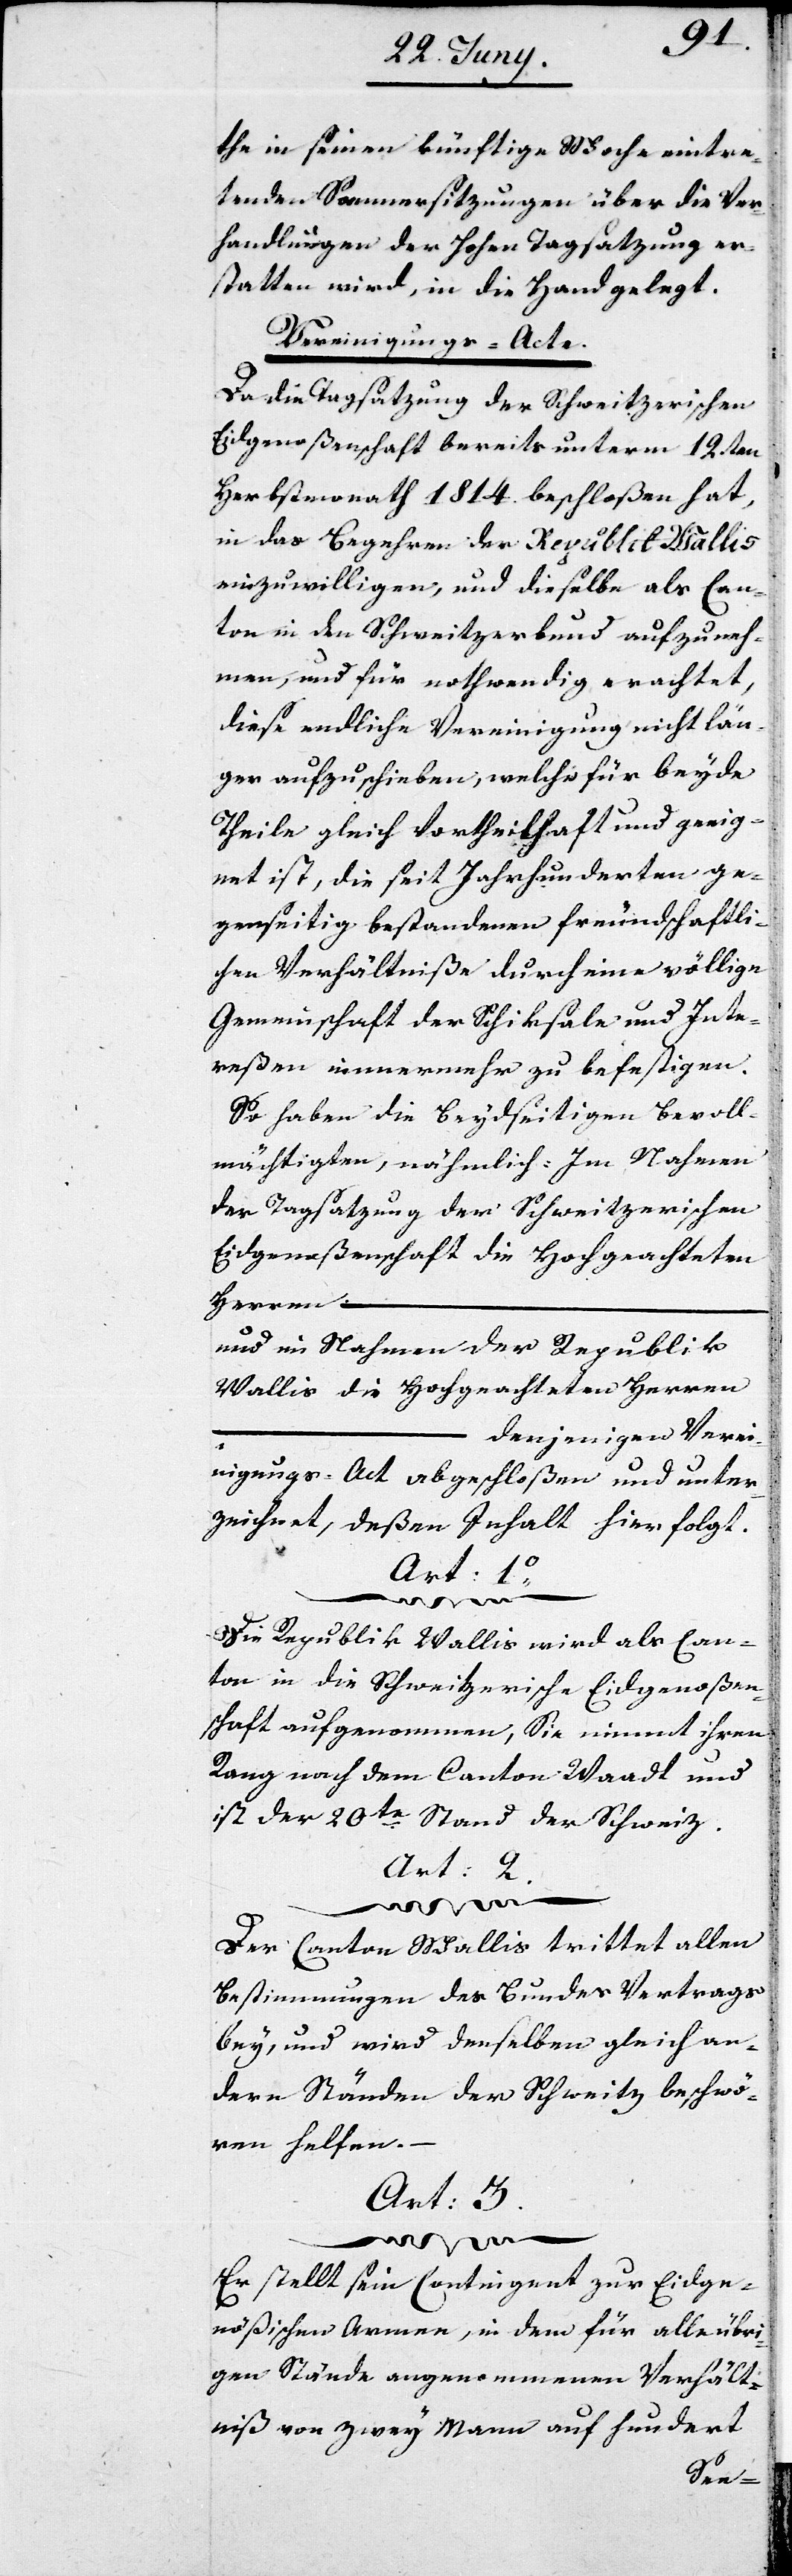
the in seinen künftige Woche eintre¬
tenden Sommersitzungen über die Ver¬
handlungen der Hohen Tagsatzung er¬
statten wird, in die Hand gelegt.
Vereinigungs-Acte.
Da die Tagsatzung der Schweitzerischen
Eidgenoßenschaft bereits unterm 12ten
Herbstmonath 1814. beschloßen hat,
in das Begehren der Republik Wallis
einzuwilligen, und dieselbe als Can¬
ton in den Schweitzerbund aufzuneh¬
men, und für nothwendig erachtet,
diese endliche Vereinigung nicht län¬
ger aufzuschieben, welche für beyde
Theile gleich Vortheilhaft und geeig¬
net ist, die seit Jahrhunderten ge¬
genseitig bestandenen freundschaftli¬
chen Verhältniße, durch eine völlige
Gemeinschaft der Schiksale und Inte¬
reßen immer mehr zu befestigen.
So haben die beydseitigen Bevoll¬
mächtigten, nähmlich: Im Namen
der Tagsatzung der Schweitzerischen
Eidgenoßenschaft die Hochgeachteten
Herren ...
und im Nahmen der Republik
Wallis die Hochgeachteten Herren
denjenigen Verei¬
nigungs-Act abgeschloßen und unter¬
zeichnet, deßen Inhalt hier folgt.
Art: 1.
Die Republik Wallis wird als Can¬
ton in die Schweitzerische Eidgenoßen¬
schaft aufgenommen, Sie nimmt ihren
Rang nach dem Canton Waadt und
ist der 20te Stand der Schweiz.
Art: 3.
Der Canton Wallis trittet
Bestimmungen des Bundesvertrages
bey, und wird denselben gleich an¬
dern Ständen der Schweitz beschwö¬
ren helfen.
Er stellt sein Contingent zur Eidge¬
nößischen Armee, in dem für alle übri¬
gen Stände angenommenen Verhält¬
niß von zwey Mann auf hundert